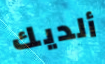
ألديك